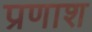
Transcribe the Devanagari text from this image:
प्रणाश